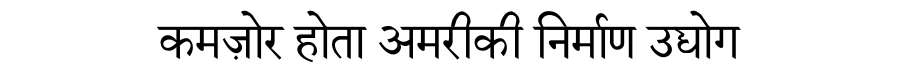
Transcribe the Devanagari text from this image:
कमज़ोर होता अमरीकी निर्माण उद्योग